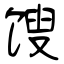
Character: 馊